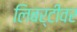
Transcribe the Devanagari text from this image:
लिबर्टीवर